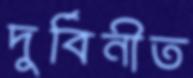
দুর্বিনীত